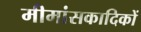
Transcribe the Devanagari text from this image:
मीमांसकादिकों